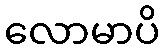
လောမာပိ